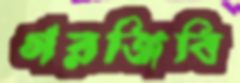
গরজিবি